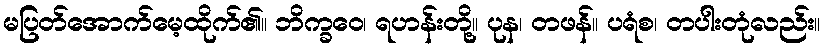
မပြတ်အောက်မေ့ထိုက်၏။ ဘိက္ခဝေ၊ ရဟန်းတို့။ ပုန၊ တဖန်။ ပရံစ၊ တပါးတုံလည်း။